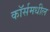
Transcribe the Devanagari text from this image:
कॉर्समधील